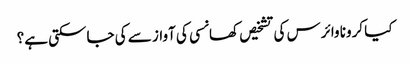
کیا کرونا وائرس کی تشخیص کھانسی کی آواز سے کی جاسکتی ہے؟